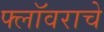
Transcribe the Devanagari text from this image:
फ्लॉवराचे